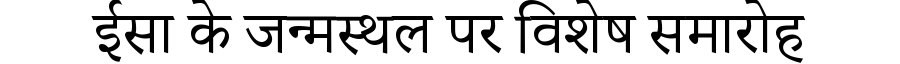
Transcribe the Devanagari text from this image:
ईसा के जन्मस्थल पर विशेष समारोह